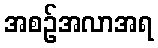
အစဉ်အလာအရ